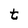
Character: t